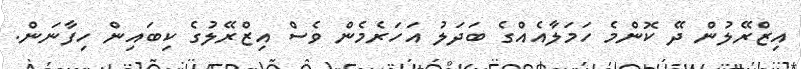
އިޒްރޭލުން ދޭ ކޮންމެ ހަމަލާއެއްގެ ބަދަލު އަހަރެމެން ވެސް އިޒްރޭލުގެ ކިބައިން ހިފާނަން.